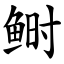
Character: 鲥